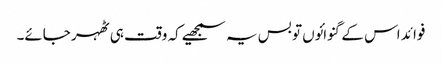
فوائد اس کے گنوائوں تو بس یہ سمجھیے کہ وقت ہی ٹھہر جائے۔